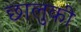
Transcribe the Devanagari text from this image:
छालुकी